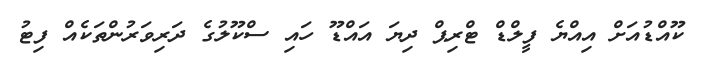
ކޫއްޑުއަށް އިއްޔެ ފީލްޑް ޓްރިޕް ދިޔަ އައްޑޫ ހައި ސްކޫލުގެ ދަރިވަރުންތަކެއް ފިޓު